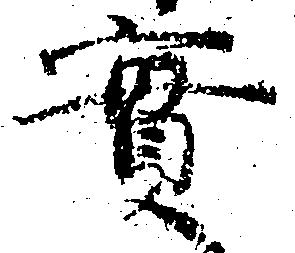
実